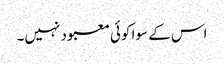
اس کے سوا کوئی معبود نہیں۔